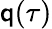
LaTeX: {\textbf{\textsf{q}}}(\tau)